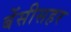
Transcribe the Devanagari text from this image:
बेंसीसहर